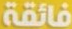
فائقة